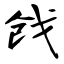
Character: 戗